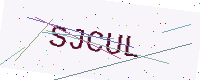
Text: SJCUL